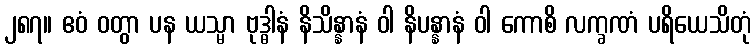
၂၈၇။ ဧဝံ ဝတွာ ပန ယသ္မာ ဗုဒ္ဓါနံ နိသိန္နာနံ ဝါ နိပန္နာနံ ဝါ ကောစိ လက္ခဏံ ပရိယေသိတုံ